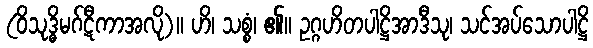
(ဝိသုဒ္ဓိမဂ်ဋီကာအလို)။ ဟိ၊ သစ္စံ၊ ၏။ ဥဂ္ဂဟိတပါဋ္ဌိအာဒီသု၊ သင်အပ်သောပါဋ္ဌိ